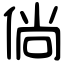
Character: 倘